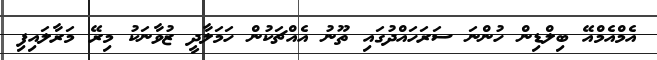
އެމްއެމްއޭ ބިލްޑިން ހުންނަ ސަރަަހައްދުގައި ތޫނު އެއްޗަކުން ހަމަލާދީ ޒުވާނަކު މިރޭ މަރާލައިފި